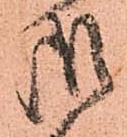
御